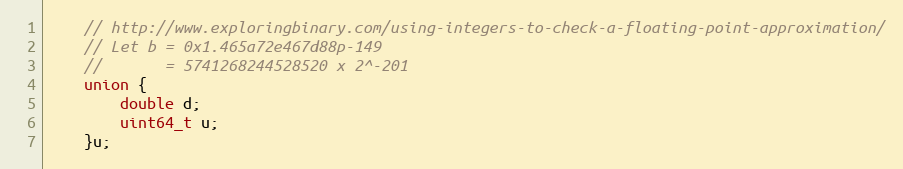
Language: C++
    // http://www.exploringbinary.com/using-integers-to-check-a-floating-point-approximation/
    // Let b = 0x1.465a72e467d88p-149
    //       = 5741268244528520 x 2^-201
    union {
        double d;
        uint64_t u;
    }u;